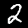
Digit: 2